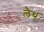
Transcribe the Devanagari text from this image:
लैथ